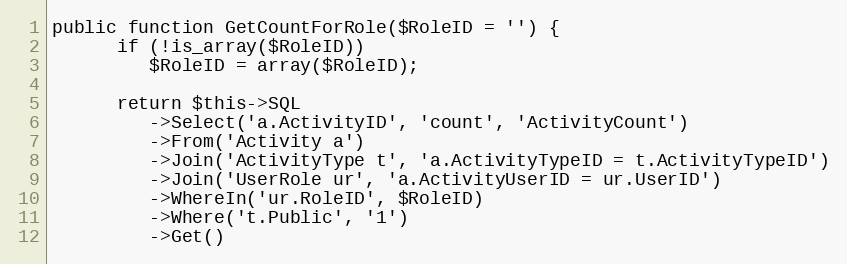
Language: PHP
public function GetCountForRole($RoleID = '') {
      if (!is_array($RoleID))
         $RoleID = array($RoleID);

      return $this->SQL
         ->Select('a.ActivityID', 'count', 'ActivityCount')
         ->From('Activity a')
         ->Join('ActivityType t', 'a.ActivityTypeID = t.ActivityTypeID')
         ->Join('UserRole ur', 'a.ActivityUserID = ur.UserID')
         ->WhereIn('ur.RoleID', $RoleID)
         ->Where('t.Public', '1')
         ->Get()